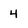
Character: 4